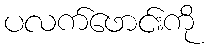
ပလက်ဖောင်းကို